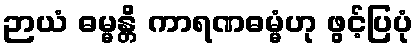
ဉာယံ ဓမ္မန္တိ ကာရဏဓမ္မံဟု ဖွင့်ပြပုံ